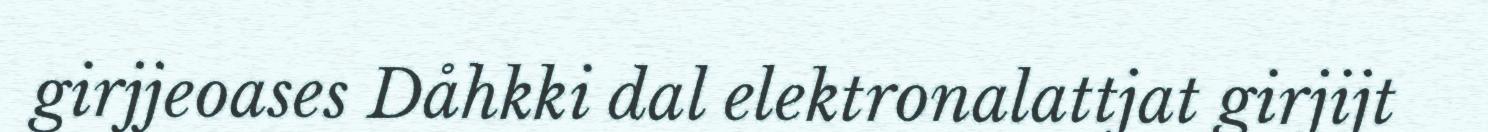
girjjeoases Dåhkki dal elektronalattjat girjijt